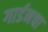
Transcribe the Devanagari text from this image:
गार्डनचा